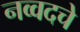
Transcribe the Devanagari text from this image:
नव्वदचे